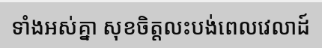
ទាំងអស់គ្នា សុខចិត្តលះបង់ពេលវេលាដ៍